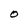
Character: O